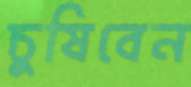
চুষিবেন